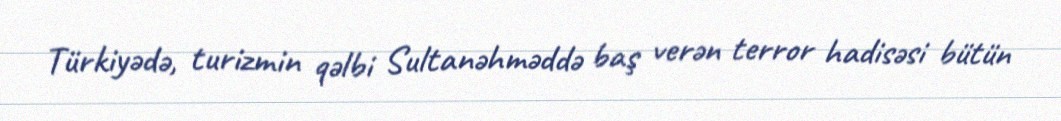
Türkiyədə, turizmin qəlbi Sultanəhməddə baş verən terror hadisəsi bütün